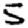
Digit: 5